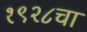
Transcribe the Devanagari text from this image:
१९२८चा